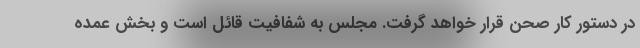
در دستور کار صحن قرار خواهد گرفت. مجلس به شفافیت قائل است و بخش عمده